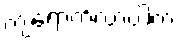
ကျရောက်လာပါက